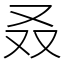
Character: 叒